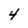
Character: 4